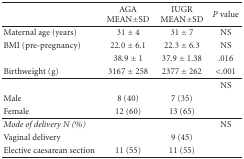
<table><thead><tr><td>[EMPTY_CELL]</td><td><b>AGA MEAN±SD</b></td><td><b>IUGR MEAN±SD</b></td><td><b><i>P</i> value</b></td></tr></thead><tbody><tr><td>Maternal age (years)</td><td>31 ± 4</td><td>31 ± 7</td><td>NS</td></tr><tr><td>BMI (pre-pregnancy)</td><td>22.0 ± 6.1</td><td>22.3 ± 6.3</td><td>NS</td></tr><tr><td>[EMPTY_CELL]</td><td>38.9 ± 1</td><td>37.9 ± 1.38</td><td>.016</td></tr><tr><td>Birthweight (g)</td><td>3167 ± 258</td><td>2377 ± 262</td><td>&lt;.001</td></tr><tr><td>[EMPTY_CELL]</td><td>[EMPTY_CELL]</td><td>[EMPTY_CELL]</td><td>NS</td></tr><tr><td>Male</td><td>8 (40)</td><td>7 (35)</td><td>[EMPTY_CELL]</td></tr><tr><td>Female</td><td>12 (60)</td><td>13 (65)</td><td>[EMPTY_CELL]</td></tr><tr><td><i>Mode of delivery N (%)</i></td><td>[EMPTY_CELL]</td><td>[EMPTY_CELL]</td><td>NS</td></tr><tr><td>Vaginal delivery</td><td>[EMPTY_CELL]</td><td>9 (45)</td><td>[EMPTY_CELL]</td></tr><tr><td>Elective caesarean section</td><td>11 (55)</td><td>11 (55)</td><td>[EMPTY_CELL]</td></tr></tbody></table>